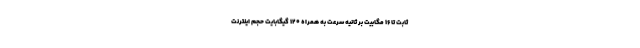
ثابت تا ۱۶ مگابیت بر ثانیه سرعت به همراه ۱۲۰ گیگابایت حجم اینترنت